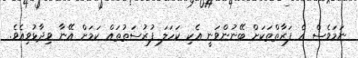
ނަމަވެސް އެ ފަރާތްތަކަށް ބޭނުންވަނީ އެކި ކަހަލަ ފުރުސަތުތައް ކަމަށް އޭނާ ވިދާާޅުވިއެވެ.